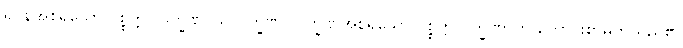
ရုပ္ပနအစရှိသော ပစ္စတ္တ လက္ခဏ၊ သလ္လက္ခဏ လက္ခဏအစရှိသော ပစ္စတ္တလက္ခဏာကို ကောင်းစွာမှတ်သည်၏